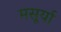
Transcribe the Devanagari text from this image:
मसूर्या